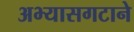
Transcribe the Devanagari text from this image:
अभ्यासगटाने